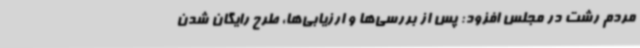
مردم رشت در مجلس افزود: پس از بررسی‌ها و ارزیابی‌ها، طرح رایگان شدن